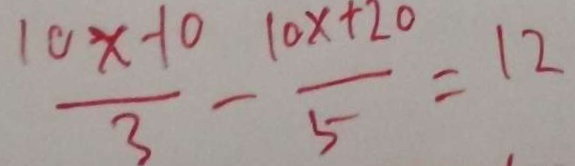
\frac { 1 0 x - 1 0 } { 3 } - \frac { 1 0 x + 2 0 } { 5 } = 1 2